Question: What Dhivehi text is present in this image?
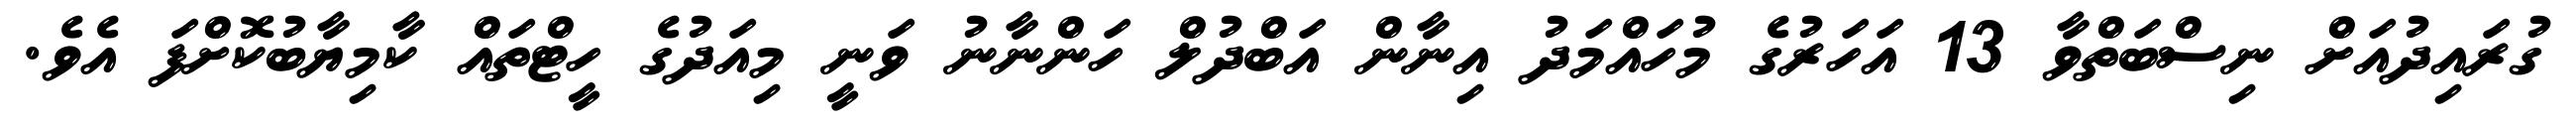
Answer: ގުރައިދުއަށް ނިސްބަތްވާ 13 އަހަރުގެ މުހައްމަދު އިނާން އަބްދުލް ހަންނާނު ވަނީ މިއަދުގެ ހީޓްތައް ކާމިޔާބުކޮށްފަ އެވެ.